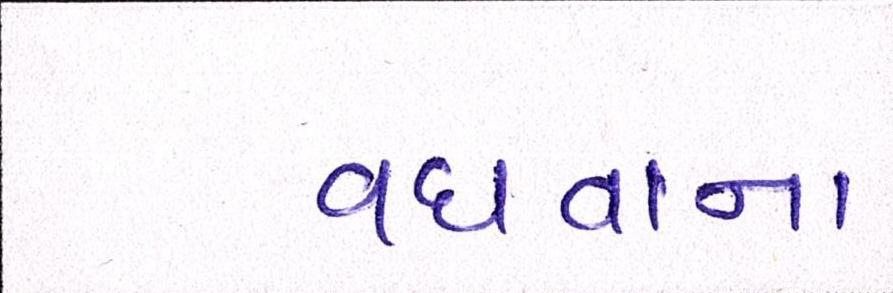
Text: વધવાના